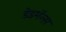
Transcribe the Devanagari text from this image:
डेडमॅन्स